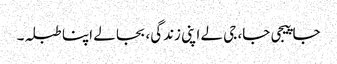
جا پیجی جا، جی لے اپنی زندگی، بجا لے اپنا طبلہ۔